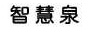
智慧泉